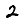
Digit: 2